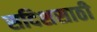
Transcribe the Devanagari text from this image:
सदिशसाठी